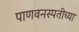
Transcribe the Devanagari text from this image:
पाणवनस्पतीच्या